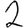
Digit: 2